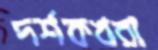
দর্শকখরা